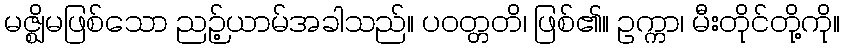
မဇ္ဈိမဖြစ်သော ညဉ့်ယာမ်အခါသည်။ ပဝတ္တတိ၊ ဖြစ်၏။ ဥက္ကာ၊ မီးတိုင်တို့ကို။